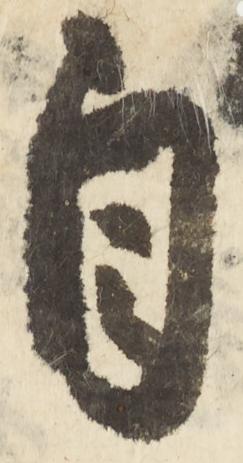
自